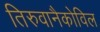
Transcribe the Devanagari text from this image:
तिरुवानैकोविल